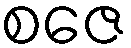
စဇေ